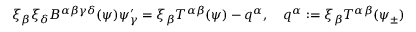
\xi _ { \beta } \xi _ { \delta } B ^ { \alpha \beta \gamma \delta } ( \psi ) \psi _ { \gamma } ^ { \prime } = \xi _ { \beta } T ^ { \alpha \beta } ( \psi ) - q ^ { \alpha } , \quad q ^ { \alpha } : = \xi _ { \beta } T ^ { \alpha \beta } ( \psi _ { \pm } )